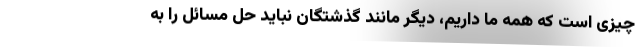
چیزی است که همه ما داریم، دیگر مانند گذشتگان نباید حل مسائل را به